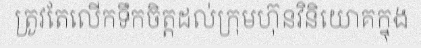
ត្រូវតែលើកទឹកចិត្តដល់ក្រុមហ៊ុនវិនិយោគក្នុង